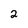
Character: 2